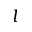
l